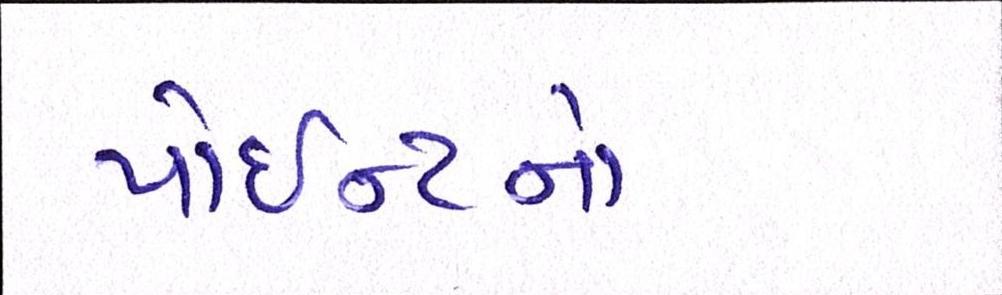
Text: પોઇન્ટનો